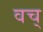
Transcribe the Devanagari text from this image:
वच्